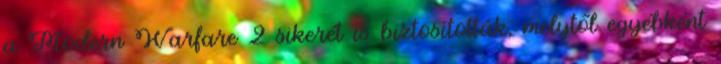
a Modern Warfare 2 sikerét is biztosították, melytől egyébként